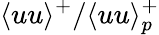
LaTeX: \langle uu\rangle^{+}/\langle uu\rangle_{p}^{+}